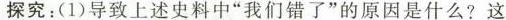
探究：(1)导致上述史料中”我们错了”的原因是什么?这